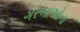
ગરબાઓના